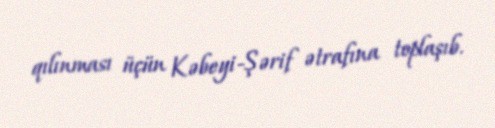
qılınması üçün Kəbeyi-Şərif ətrafına toplaşıb.